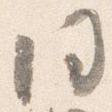
同